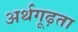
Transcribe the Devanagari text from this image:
अर्थगूढ़ता